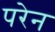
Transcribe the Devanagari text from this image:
परेन